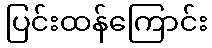
ပြင်းထန်ကြောင်း